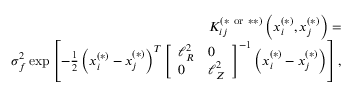
\begin{array} { r l r } & { } & { K _ { i j } ^ { ( * \mathrm { ~ o r ~ } * * ) } \left( \boldsymbol { x } _ { i } ^ { ( * ) } , \boldsymbol { x } _ { j } ^ { ( * ) } \right) = } \\ & { } & { \sigma _ { f } ^ { 2 } \exp \left[ - \frac { 1 } { 2 } \left( \boldsymbol { x } _ { i } ^ { ( * ) } - \boldsymbol { x } _ { j } ^ { ( * ) } \right) ^ { T } \left[ \begin{array} { l l } { \ell _ { R } ^ { 2 } } & { 0 } \\ { 0 } & { \ell _ { Z } ^ { 2 } } \end{array} \right] ^ { - 1 } \left( \boldsymbol { x } _ { i } ^ { ( * ) } - \boldsymbol { x } _ { j } ^ { ( * ) } \right) \right] , } \end{array}